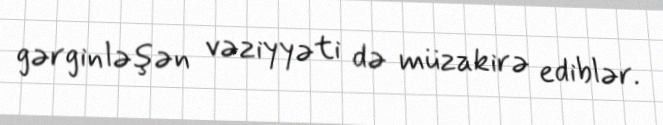
gərginləşən vəziyyəti də müzakirə ediblər.